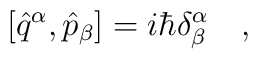
[\hat{q}^\alpha,\hat{p}_\beta]=i\hbar\delta^\alpha_\beta\ \ \ ,